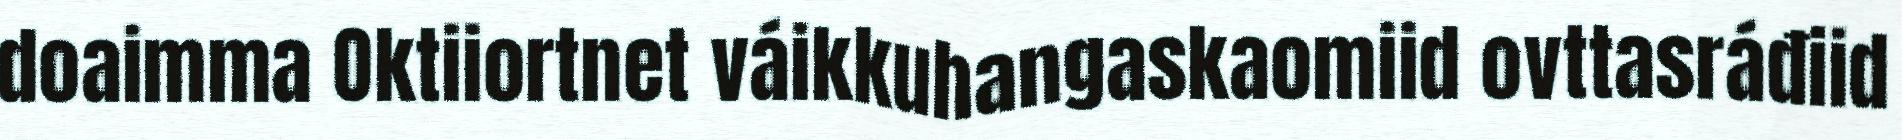
doaimma Oktiiortnet váikkuhangaskaomiid ovttasráđiid